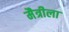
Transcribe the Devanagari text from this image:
मैत्रीला